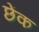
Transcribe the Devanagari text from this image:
छेंक